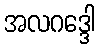
အလဂဒ္ဒေါ